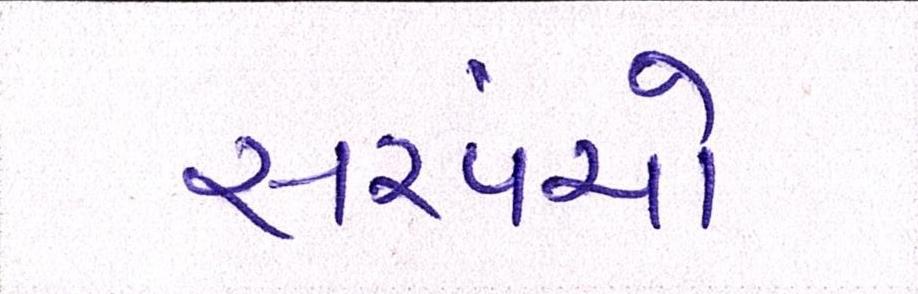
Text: સરપંચો